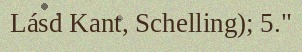
Lásd Kant, Schelling); 5."